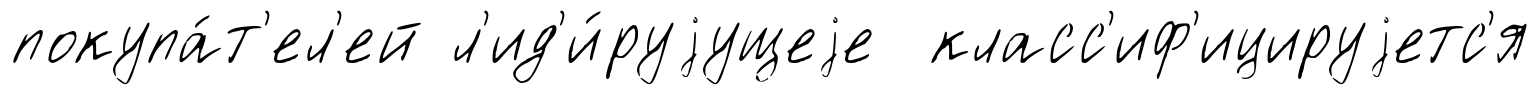
покупа́т'ел'ей л'ид'и́руjущеjе класс'иф'ицируjетс'я